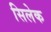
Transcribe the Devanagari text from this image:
सिलेक